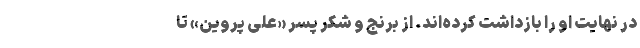
در نهایت او را بازداشت کرده‌اند. از برنج و شکر پسر «علی پروین» تا